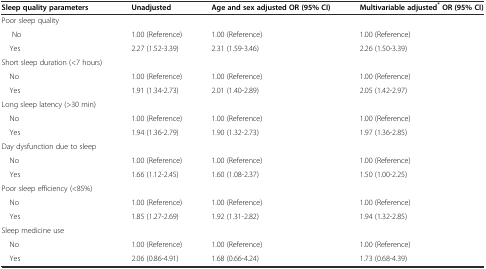
<table><thead><tr><td><b>Sleep quality parameters</b></td><td><b>Unadjusted</b></td><td><b>Age and sex adjusted OR (95% CI)</b></td><td><b>Multivariable adjusted<sup>*</sup>OR (95% CI)</b></td></tr></thead><tbody><tr><td>Poor sleep quality</td><td></td><td></td><td></td></tr><tr><td>No</td><td>1.00 (Reference)</td><td>1.00 (Reference)</td><td>1.00 (Reference)</td></tr><tr><td> Yes</td><td>2.27 (1.52-3.39)</td><td>2.31 (1.59-3.46)</td><td>2.26 (1.50-3.39)</td></tr><tr><td>Short sleep duration (&lt;7 hours)</td><td></td><td></td><td></td></tr><tr><td> No</td><td>1.00 (Reference)</td><td>1.00 (Reference)</td><td>1.00 (Reference)</td></tr><tr><td> Yes</td><td>1.91 (1.34-2.73)</td><td>2.01 (1.40-2.89)</td><td>2.05 (1.42-2.97)</td></tr><tr><td>Long sleep latency (&gt;30 min)</td><td></td><td></td><td></td></tr><tr><td> No</td><td>1.00 (Reference)</td><td>1.00 (Reference)</td><td>1.00 (Reference)</td></tr><tr><td> Yes</td><td>1.94 (1.36-2.79)</td><td>1.90 (1.32-2.73)</td><td>1.97 (1.36-2.85)</td></tr><tr><td>Day dysfunction due to sleep</td><td></td><td></td><td></td></tr><tr><td> No</td><td>1.00 (Reference)</td><td>1.00 (Reference)</td><td>1.00 (Reference)</td></tr><tr><td> Yes</td><td>1.66 (1.12-2.45)</td><td>1.60 (1.08-2.37)</td><td>1.50 (1.00-2.25)</td></tr><tr><td>Poor sleep efficiency (&lt;85%)</td><td></td><td></td><td></td></tr><tr><td> No</td><td>1.00 (Reference)</td><td>1.00 (Reference)</td><td>1.00 (Reference)</td></tr><tr><td> Yes</td><td>1.85 (1.27-2.69)</td><td>1.92 (1.31-2.82)</td><td>1.94 (1.32-2.85)</td></tr><tr><td>Sleep medicine use</td><td></td><td></td><td></td></tr><tr><td> No</td><td>1.00 (Reference)</td><td>1.00 (Reference)</td><td>1.00 (Reference)</td></tr><tr><td> Yes</td><td>2.06 (0.86-4.91)</td><td>1.68 (0.66-4.24)</td><td>1.73 (0.68-4.39)</td></tr></tbody></table>